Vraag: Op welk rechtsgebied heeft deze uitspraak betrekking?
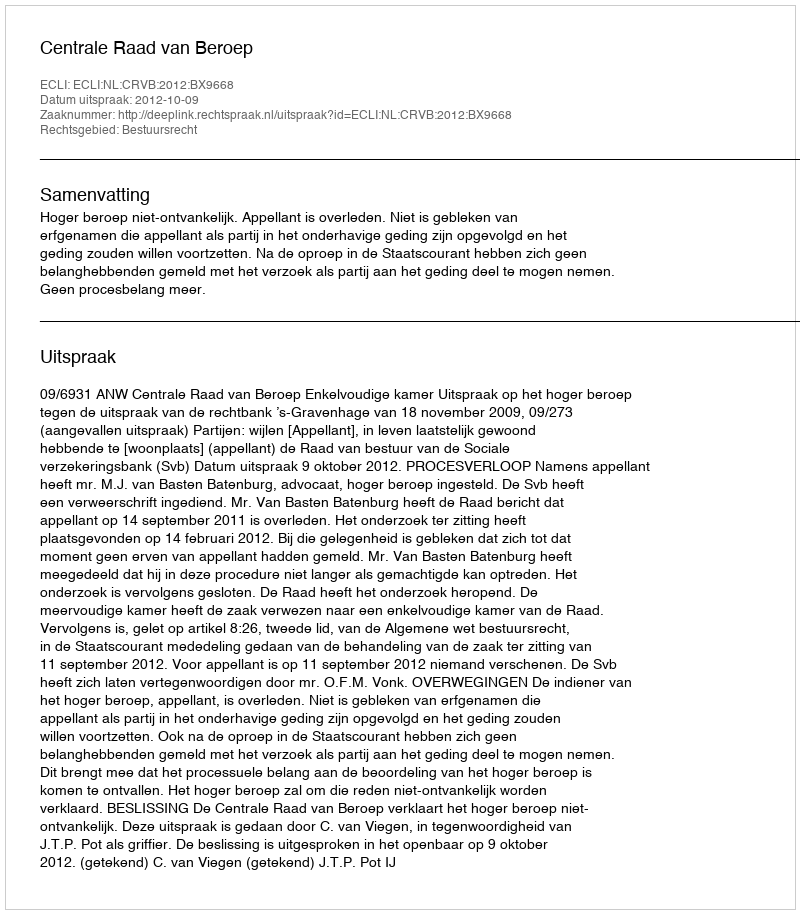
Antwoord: Bestuursrecht